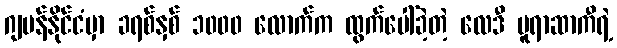
ဂျပန်နိုင်ငံမှာ ခရစ်နှစ် ၁၀၀၀ လောက်က ထွက်ပေါ်ခဲ့တဲ့ လေဒီ မူရာဆာကီရဲ့